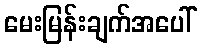
မေးမြန်းချက်အပေါ်